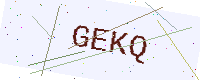
Text: GEKQ